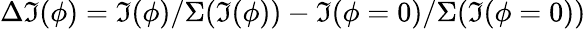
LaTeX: \Delta\mathfrak{I}(\phi)=\mathfrak{I}(\phi)/\Sigma(\mathfrak{I}(\phi))-\mathfrak{I}(\phi=0)/\Sigma(\mathfrak{I}(\phi=0))